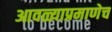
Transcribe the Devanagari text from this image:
आवळ्याप्रमाणेच